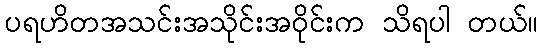
ပရဟိတအသင်းအသိုင်းအဝိုင်းက သိရပါ တယ်။